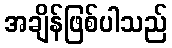
အချိန်ဖြစ်ပါသည်